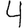
Digit: 4